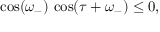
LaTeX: \cos ( \omega _ { - } ) \, \cos ( \tau + \omega _ { - } ) \leq 0 ,